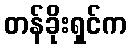
တန်ခိုးရှင်က